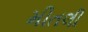
મીતલી